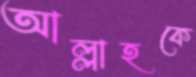
আল্লাহকে